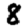
Digit: 8